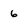
Character: 6